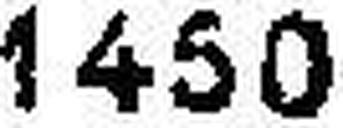
1450